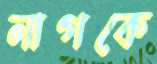
নাগকে